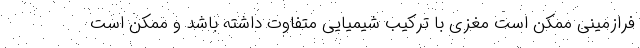
فرازمینی ممکن است مغزی با ترکیب شیمیایی متفاوت داشته باشد و ممکن است